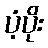
ပံ့ပိုး